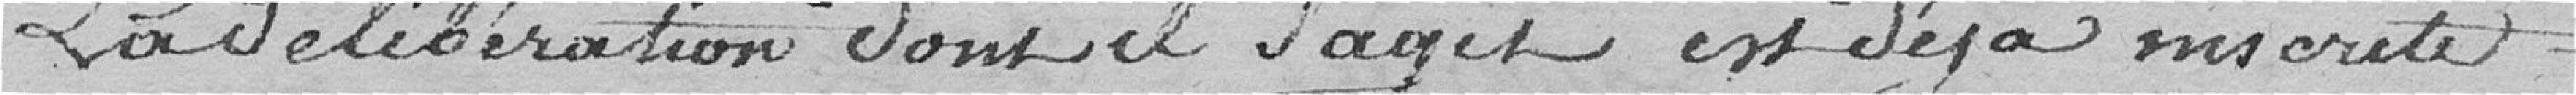
La délibération dont il s'agit est déjà inscrite